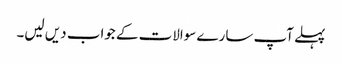
پہلے آپ سارے سوالات کے جواب دیں لیں۔